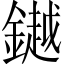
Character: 𨬓